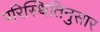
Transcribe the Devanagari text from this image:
परिस्थितिनुसार